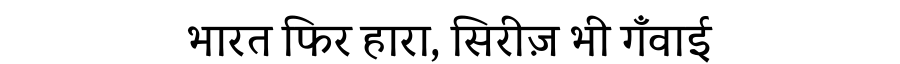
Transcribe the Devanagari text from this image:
भारत फिर हारा, सिरीज़ भी गँवाई